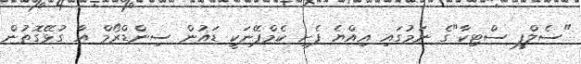
"ސެލްފީ ސްޓިކާ"ގެ ނަމުގައި އިއްޔެ ފެށި ކެމްޕޭނަކީ ޑައުން ސިންޑްރޯމް އާ ގުޅޭގޮތުން